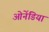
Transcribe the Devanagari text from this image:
ओनेंडिया